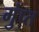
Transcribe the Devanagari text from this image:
गुंप्त